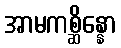
အာမကစ္ဆိန္နော